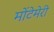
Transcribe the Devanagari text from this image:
मोंटेमेरी